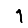
Digit: 1